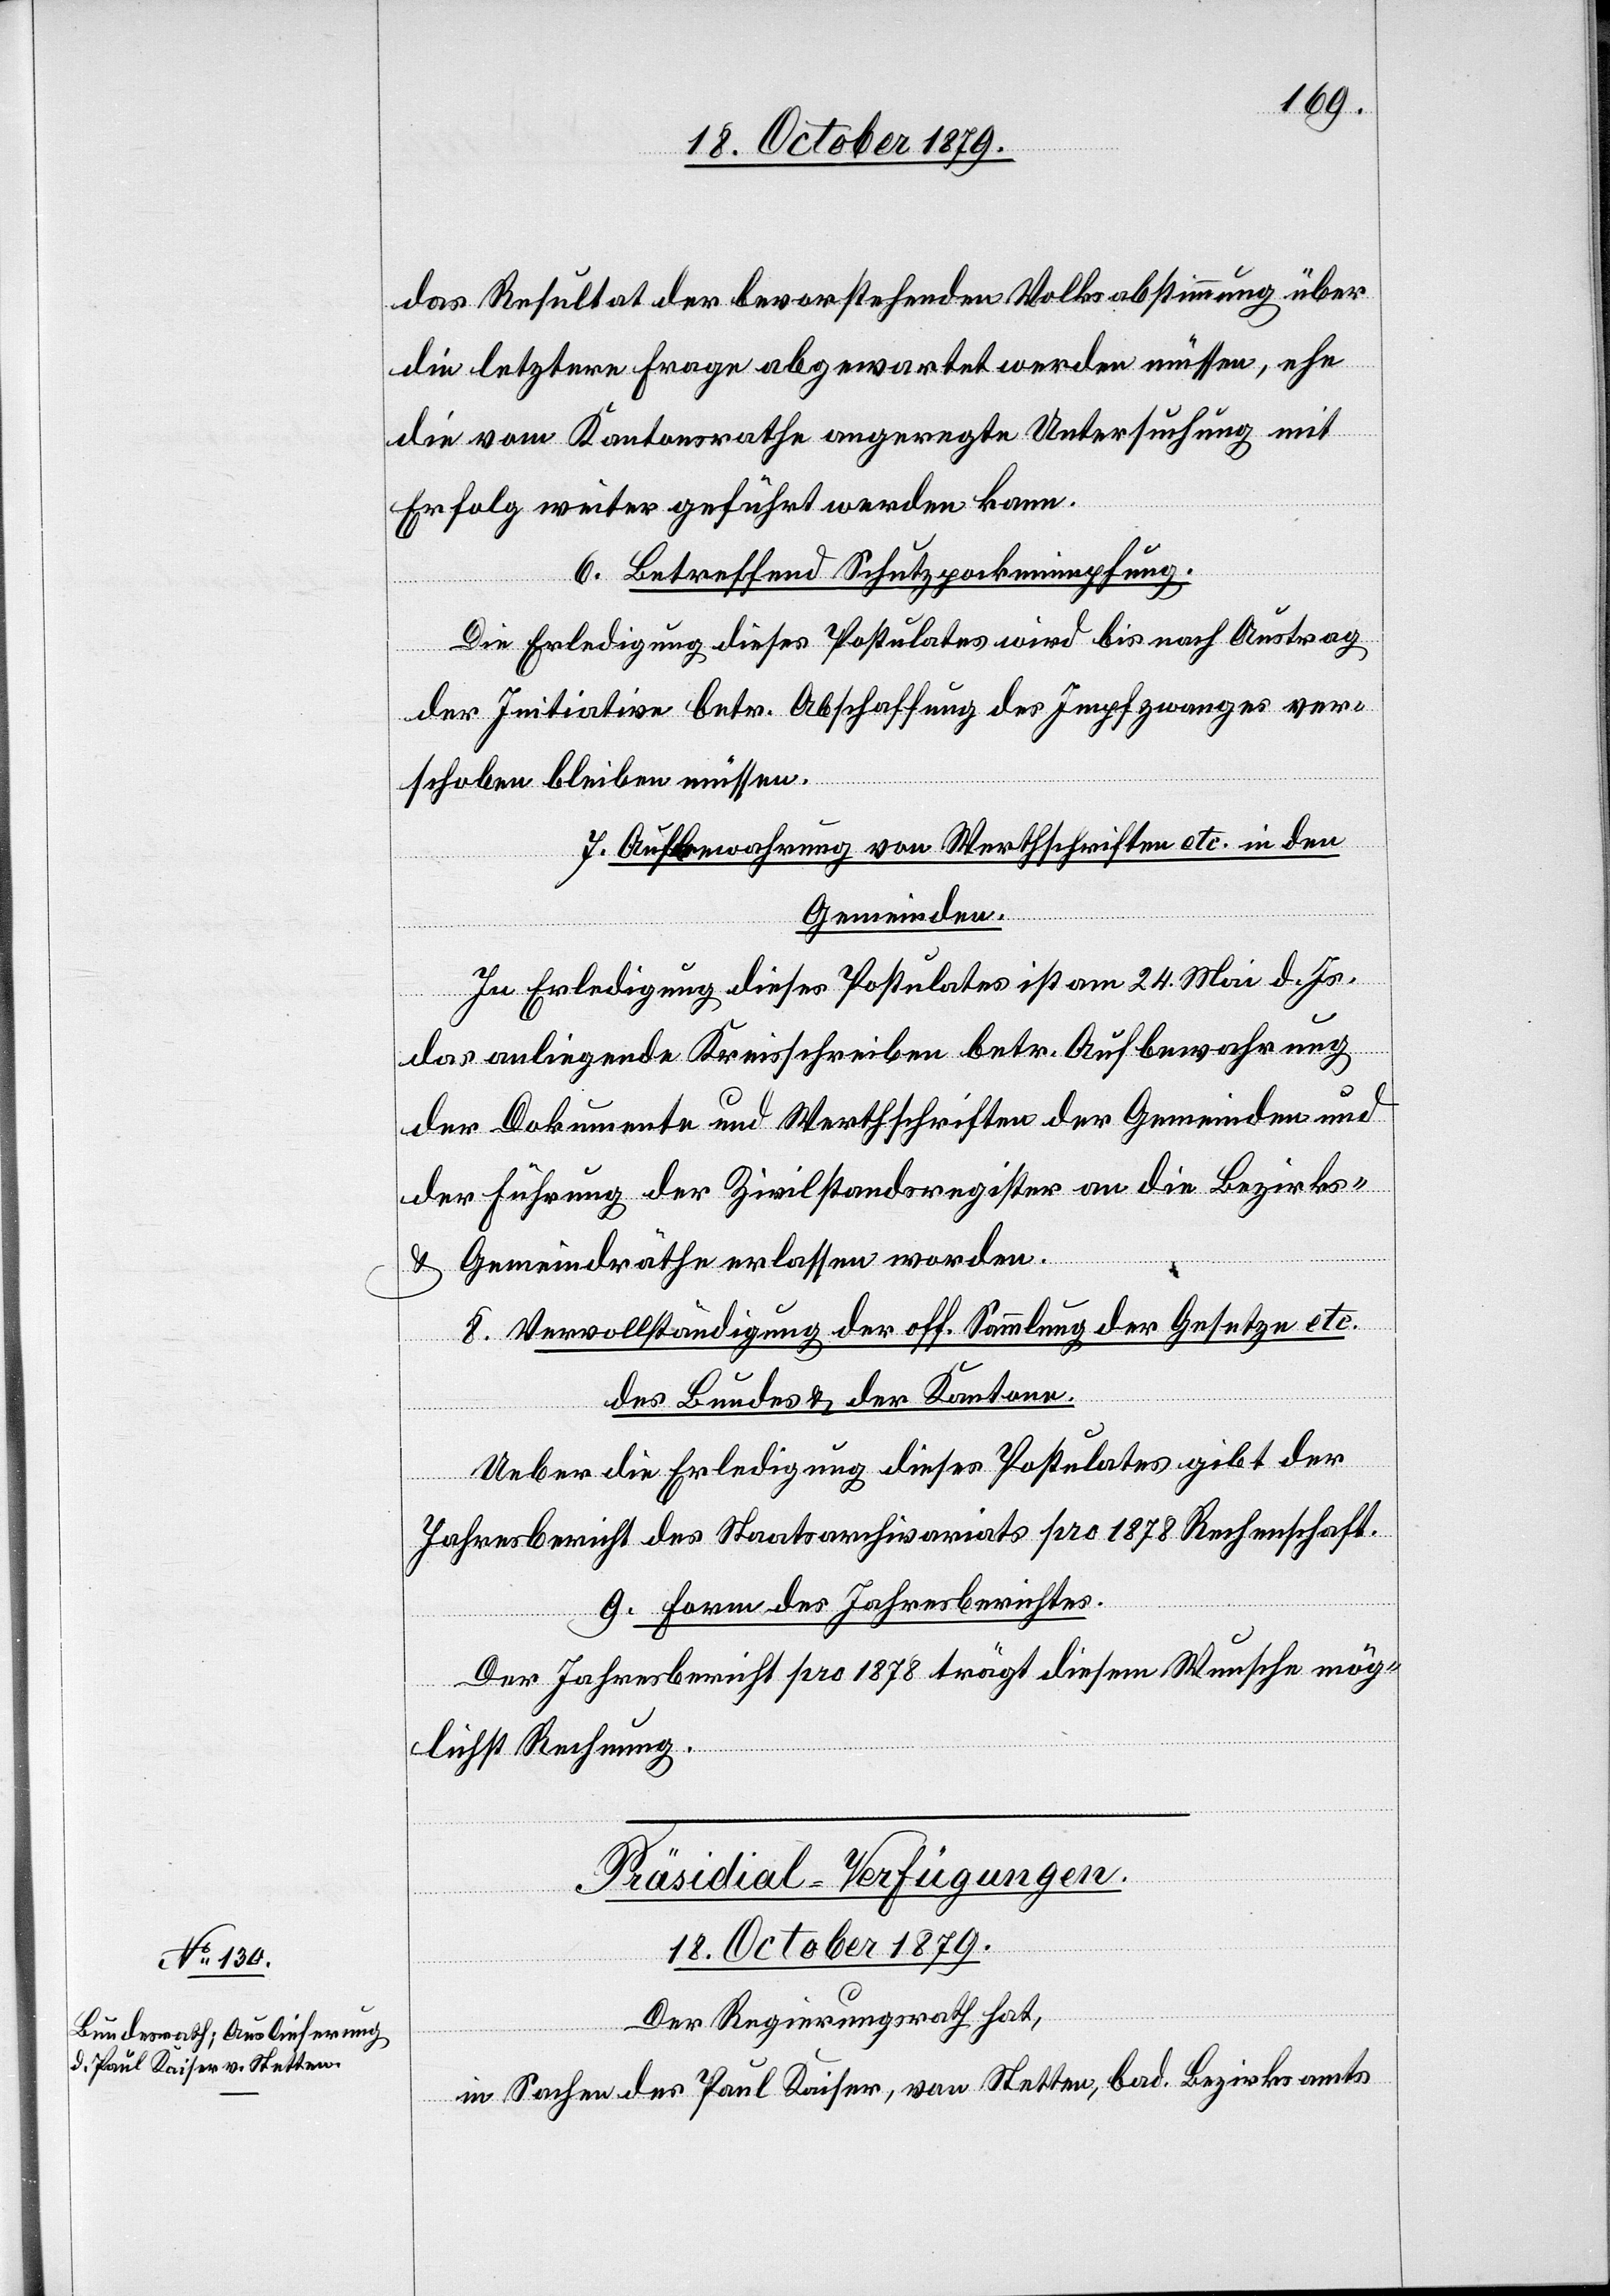
das Resultat der bevorstehenden Volksabstimmung über
die letztere Frage abgewartet werden müssen, ehe
die vom Kantonsrathe angeregte Untersuchung mit
Erfolg weiter geführt werden kann.
6. Betreffend Schutzpockenimpfung.
Die Erledigung dieses Postulates wird bis nach Antrag
der Initiative betr. Abschaffung des Impfzwanges ver¬
schoben bleiben müssen.
7. Aufbewahrung von Werthschriften etc. in den
Gemeinden.
In Erledigung dieses Postulates ist am 24. Mai d. Js.
das anliegende Kreisschreiben betr. Aufbewahrung
der Dokumente und Werthschriften der Gemeinden und
der Führung der Zivilstandsregister an die Bezirks-
& Gemeindräthe erlassen worden.
8. Vervollständigung der off. Sammlung der Gesetze etc.
des Bundes & der Kantone.
Ueber die Erledigung dieses Postulates gibt der
Jahresbericht des Staatsarchivariats pro 1878 Rechenschaft.
9. Form des Jahresberichtes.
Der Jahresbericht pro 1878 trägt diesem Wunsche mög¬
lichst Rechnung.
Präsidial-Verfügungen
18. October 1879.
Der Regierungsrath hat,
in Sachen des Paul Kaiser, von Stetten, bad. Bezirksamts